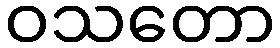
ဝသတော